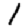
Digit: 1